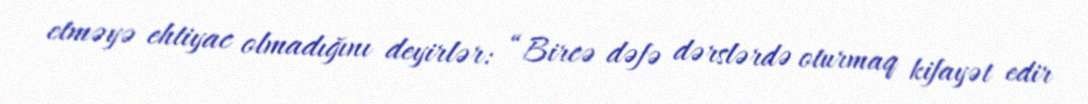
etməyə ehtiyac olmadığını deyirlər: “Bircə dəfə dərslərdə oturmaq kifayət edir